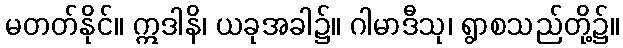
မတတ်နိုင်။ ဣဒါနိ၊ ယခုအခါ၌။ ဂါမာဒီသု၊ ရွာစသည်တို့၌။